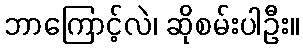
ဘာကြောင့်လဲ၊ ဆိုစမ်းပါဦး။